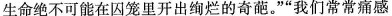
生命绝不可能在囚笼里开出绚烂的奇葩。””我们常常痛感